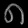
Digit: ၈